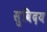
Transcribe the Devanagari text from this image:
सुविदय